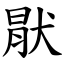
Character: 猒